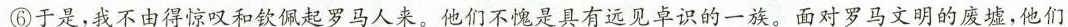
⑥于是，我不由得惊叹和钦佩起罗马人来。他们不愧是具有远见卓识的一族。面对罗马文明的废墟，他们